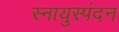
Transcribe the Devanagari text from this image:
स्नायुस्पंदन